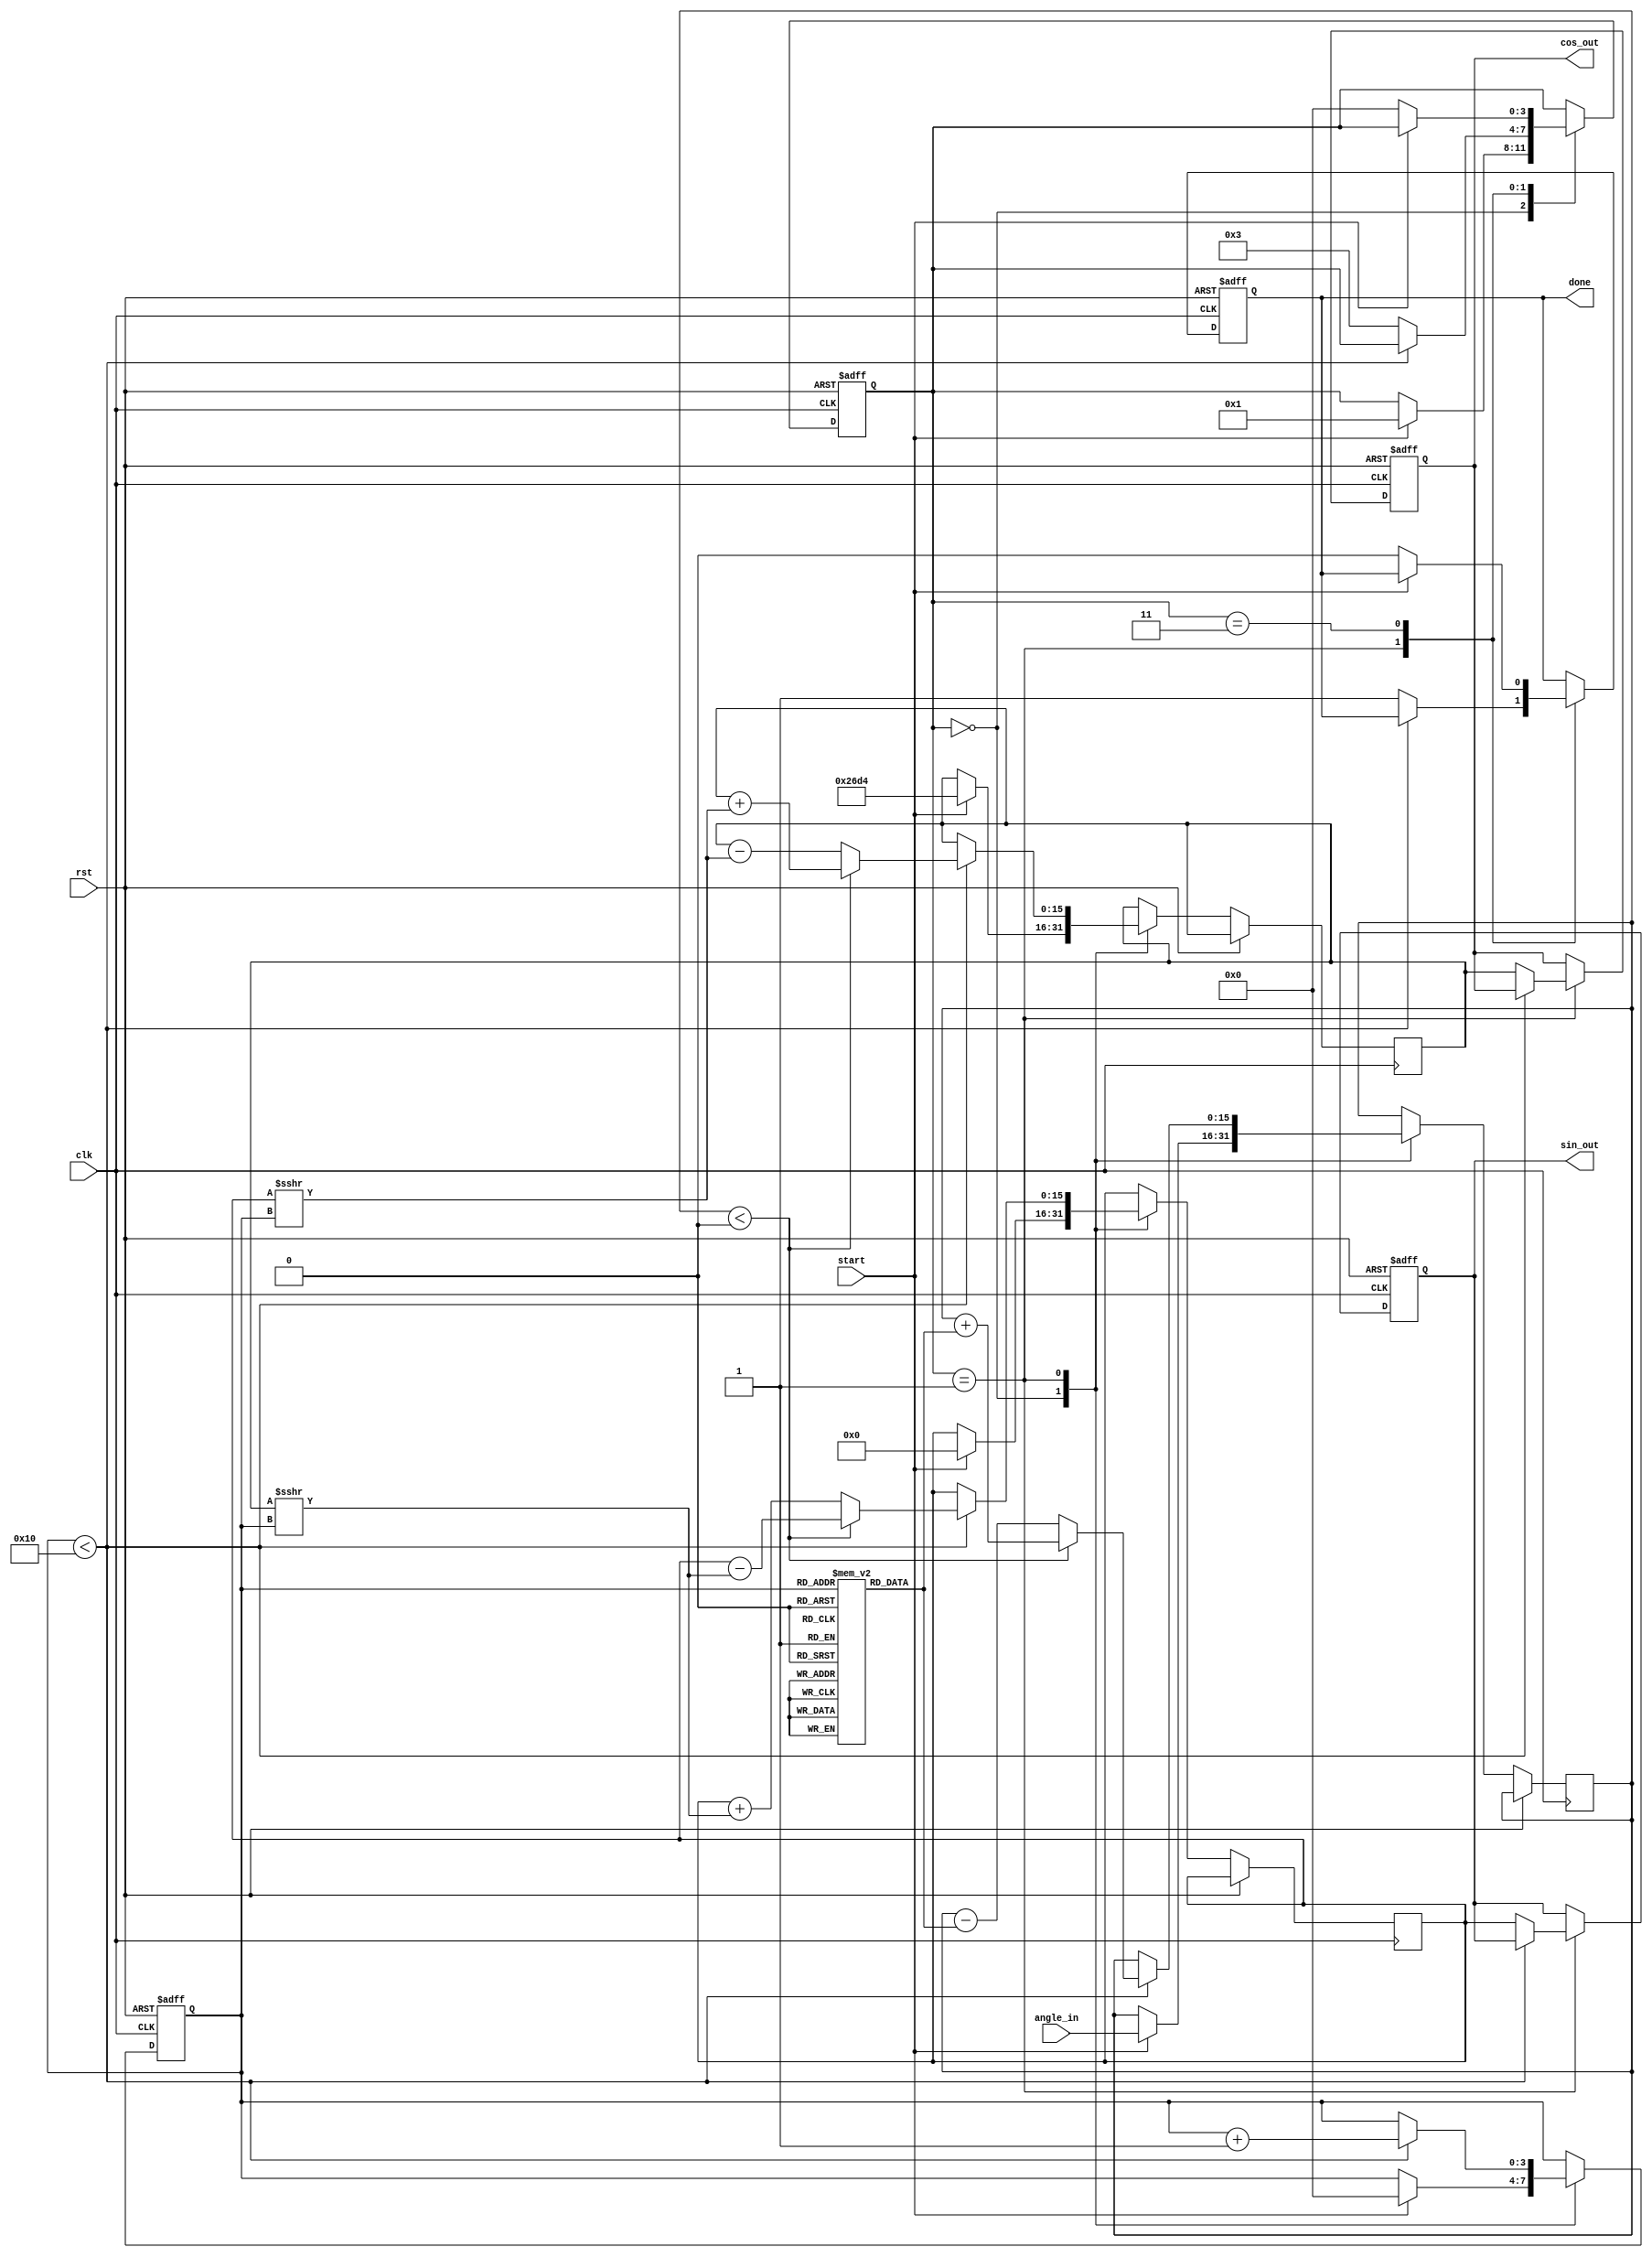
module cordic (
    input wire clk,
    input wire rst,
    input wire start,
    input wire [15:0] angle_in, // Input angle in radians (fixed-point)
    output reg [15:0] cos_out,   // Output cosine
    output reg [15:0] sin_out,   // Output sine
    output reg done              // Done signal
);
    
    // Pre-computed LUT for arctangent values
    reg [15:0] atan_lut [0:15]; // Adjust size for precision (this is a small LUT for demonstration)
    
    initial begin
        // Initialize the arctangent lookup table with pre-computed values (in fixed-point)
        atan_lut[0] = 16'h0000; // atan(0)
        atan_lut[1] = 16'h1C71; // atan(1/2)
        atan_lut[2] = 16'h2D9B; // atan(1/4)
        atan_lut[3] = 16'h3C91; // atan(1/8)
        atan_lut[4] = 16'h45D1; // atan(1/16)
        atan_lut[5] = 16'h4D9A; // atan(1/32)
        atan_lut[6] = 16'h54FA; // atan(1/64)
        atan_lut[7] = 16'h5A95; // atan(1/128)
        atan_lut[8] = 16'h5E36; // atan(1/256)
        atan_lut[9] = 16'h607C; // atan(1/512)
        atan_lut[10] = 16'h619D; // atan(1/1024)
        atan_lut[11] = 16'h6288; // atan(1/2048)
        atan_lut[12] = 16'h634D; // atan(1/4096)
        atan_lut[13] = 16'h63EB; // atan(1/8192)
        atan_lut[14] = 16'h6444; // atan(1/16384)
        atan_lut[15] = 16'h6489; // atan(1/32768)
    end
    
    // Internal variables
    reg [3:0] iteration_count; // Number of iterations
    reg [15:0] x, y, z;        // CORDIC Variables
    reg [3:0] state;           // FSM state
    localparam IDLE = 0, INIT = 1, ROTATE = 2, DONE = 3;
    
    always @(posedge clk or posedge rst) begin
        if (rst) begin
            // Reset all
            state <= IDLE;
            sin_out <= 0;
            cos_out <= 0;
            done <= 0;
            iteration_count <= 0;
        end else begin
            case (state)
                IDLE: begin
                    if (start) begin
                        // Initialize variables
                        x <= 16'h26D4; // Initial x = K (scaling factor)
                        y <= 0;
                        z <= angle_in; // Input angle theta
                        iteration_count <= 0;
                        state <= INIT;
                    end
                end
                
                INIT: begin
                    // Start the CORDIC computation
                    if (iteration_count < 16) begin // Number of iterations
                        if (z < 0) begin
                            // Rotate clockwise
                            x <= x + (y >>> iteration_count);
                            y <= y - (x >>> iteration_count);
                            z <= z + atan_lut[iteration_count];
                        end else begin
                            // Rotate counterclockwise
                            x <= x - (y >>> iteration_count);
                            y <= y + (x >>> iteration_count);
                            z <= z - atan_lut[iteration_count];
                        end
                        iteration_count <= iteration_count + 1;
                    end else begin
                        // Final results
                        cos_out <= x;
                        sin_out <= y;
                        done <= 1;
                        state <= DONE;
                    end
                end
                
                DONE: begin
                    if (!start) begin
                        // Go back to IDLE state
                        state <= IDLE;
                        done <= 0; // Clear done signal
                    end
                end
                
            endcase
        end
    end
    
endmodule